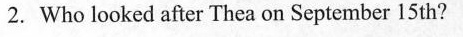
2.Who looked after Thea on September 15 th?